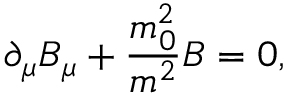
\partial _ { \mu } B _ { \mu } + \frac { m _ { 0 } ^ { 2 } } { m ^ { 2 } } B = 0 ,